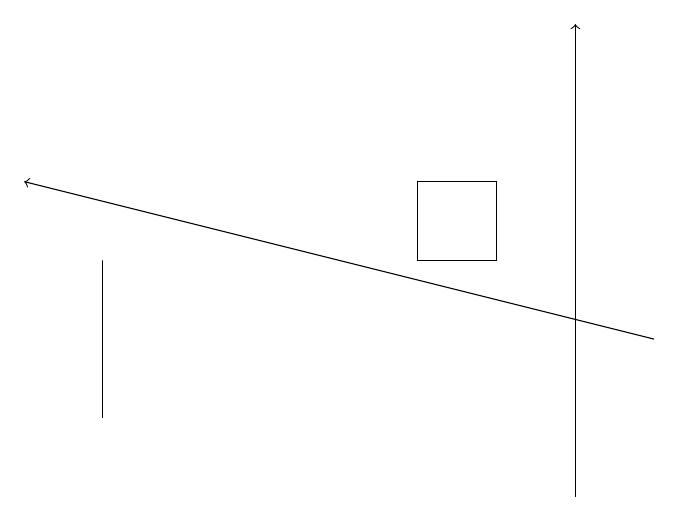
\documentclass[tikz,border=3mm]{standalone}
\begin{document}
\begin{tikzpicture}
\draw[->] (9,15) -- (1,17);
\draw (2,16) rectangle (2,14);
\draw (6,16) rectangle (7,17);
\draw[->] (8,13) -- (8,19);
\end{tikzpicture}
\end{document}